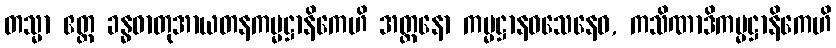
တသ္မာ ဧတ္ထ ခန္ဓဓာတုအာယတနကမ္မဋ္ဌာနိကေဟိ အတ္တနော ကမ္မဋ္ဌာနဝသေနေဝ, ကသိဏာဒိကမ္မဋ္ဌာနိကေဟိ